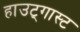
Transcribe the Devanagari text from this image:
हाउट्गास्ट